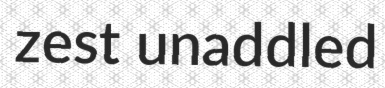
zest unaddled